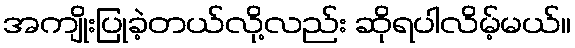
အကျိုးပြုခဲ့တယ်လို့လည်း ဆိုရပါလိမ့်မယ်။